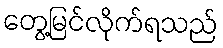
တွေ့မြင်လိုက်ရသည်